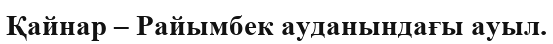
Қайнар – Райымбек ауданындағы ауыл.